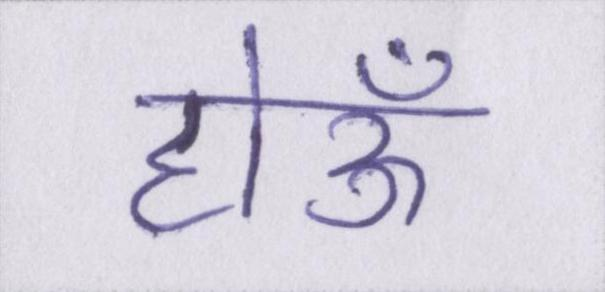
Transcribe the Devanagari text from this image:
होऊँ